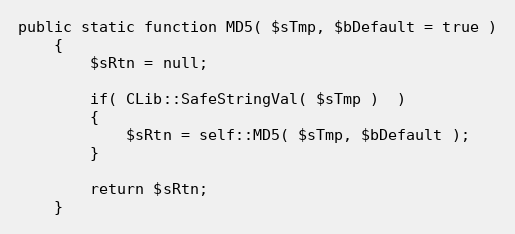
Language: PHP
public static function MD5( $sTmp, $bDefault = true )
    {
        $sRtn = null;

        if( CLib::SafeStringVal( $sTmp )  )
        {
            $sRtn = self::MD5( $sTmp, $bDefault );
        }

        return $sRtn;
    }